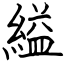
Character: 縊